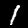
Label: 1